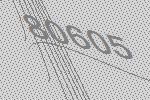
80605